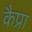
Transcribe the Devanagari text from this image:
कैप्रा